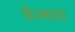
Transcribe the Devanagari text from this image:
चेन्लाचा